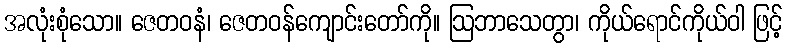
အလုံးစုံသော။ ဇေတဝနံ၊ ဇေတဝန်ကျောင်းတော်ကို။ ဩဘာသေတွာ၊ ကိုယ်ရောင်ကိုယ်ဝါ ဖြင့်